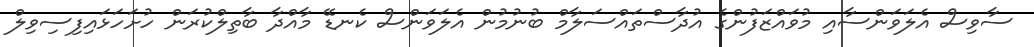
ސާވިސް އެލަވަންސާއި މުވައްޒަފުންގެ އުދާސްތައްސަލާމް ބުނުމުން އެލަވަންސް ކެނޑޭ މާއްދާ ބާތިލްކުރަން ހުށަހަޅައިފިސިވިލް